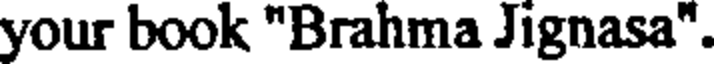
your book "Brahma Jignasa".